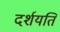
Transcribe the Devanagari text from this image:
दर्शयति